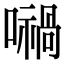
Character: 𡁜